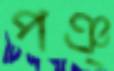
পঞ্